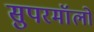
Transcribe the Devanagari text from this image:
सुपरमॉलों